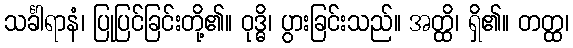
သင်္ခါရာနံ၊ ပြုပြင်ခြင်းတို့၏။ ဝုဒ္ဓိ၊ ပွားခြင်းသည်။ အတ္ထိ၊ ရှိ၏။ တတ္ထ၊